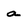
Character: a